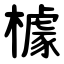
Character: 㯫